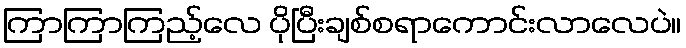
ကြာကြာကြည့်လေ ပိုပြီးချစ်စရာကောင်းလာလေပဲ။